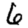
Digit: 6